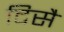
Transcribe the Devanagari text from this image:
दिसै